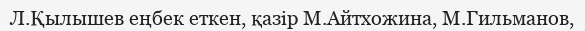
Л.Қылышев еңбек еткен, қазір М.Айтхожина, М.Гильманов,